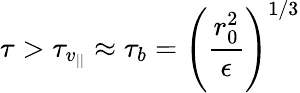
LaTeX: \tau>\tau_{v_{||}}\approx\tau_{b}=\left(\frac{r_{0}^{2}}{\epsilon}\right)^{1/3}